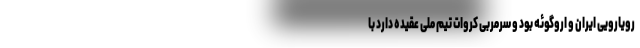
رویارویی ایران و اروگوئه بود و سرمربی کروات تیم ملی عقیده دارد با